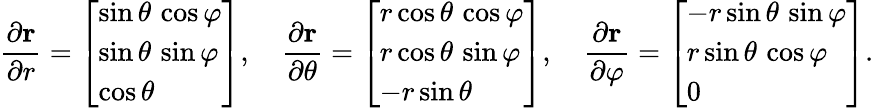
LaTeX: {\frac{\partial\mathbf{r}}{\partial r}}={\left[\begin{array}{l}{\sin\theta\, \cos\varphi}\\ {\sin\theta\, \sin\varphi}\\ {\cos\theta}\end{array}\right]},\quad{\frac{\partial\mathbf{r}}{\partial\theta}}={\left[\begin{array}{l}{r\cos\theta\, \cos\varphi}\\ {r\cos\theta\, \sin\varphi}\\ {-r\sin\theta}\end{array}\right]},\quad{\frac{\partial\mathbf{r}}{\partial\varphi}}={\left[\begin{array}{l}{-r\sin\theta\, \sin\varphi}\\ {r\sin\theta\, \cos\varphi}\\ {0}\end{array}\right]}.